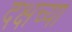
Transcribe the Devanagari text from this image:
दक्षच्या